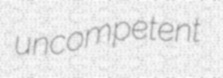
uncompetent